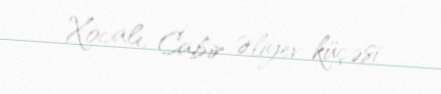
Xocalı, Cabir Əliyev küçəsi